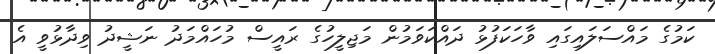
ކަމުގެ މައްސަލައިގައި ވާހަކަފުޅު ދައްކަވަމުން މަޖިލީހުގެ ރައީސް މުހައްމަދު ނަޝީދު ވިދާޅުވީ އެ